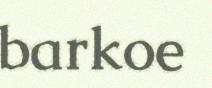
barkoe